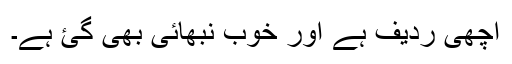
اچھی ردیف ہے اور خوب نبھائی بھی گئ ہے۔